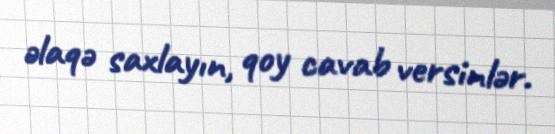
əlaqə saxlayın, qoy cavab versinlər.